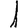
Digit: 1